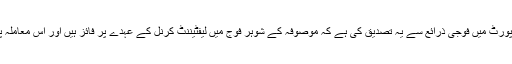
تاہم بی بی سی اردو نے اپنی مفصل رپورٹ میں فوجی ذرائع سے یہ تصدیق کی ہے کہ موصوفہ کے شوہر فوج میں لیفٹیننٹ کرنل کے عہدے پر فائز ہیں اور اس معاملہ پر ضروری کارروائی کی جارہی ہے۔